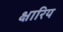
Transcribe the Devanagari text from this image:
क्षारिय